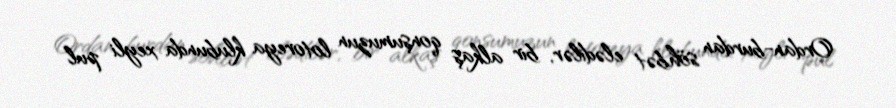
Ordan-burdan söhbət elədilər, bir alkaş qonşumuzun lotoreya klubunda xeyli pul